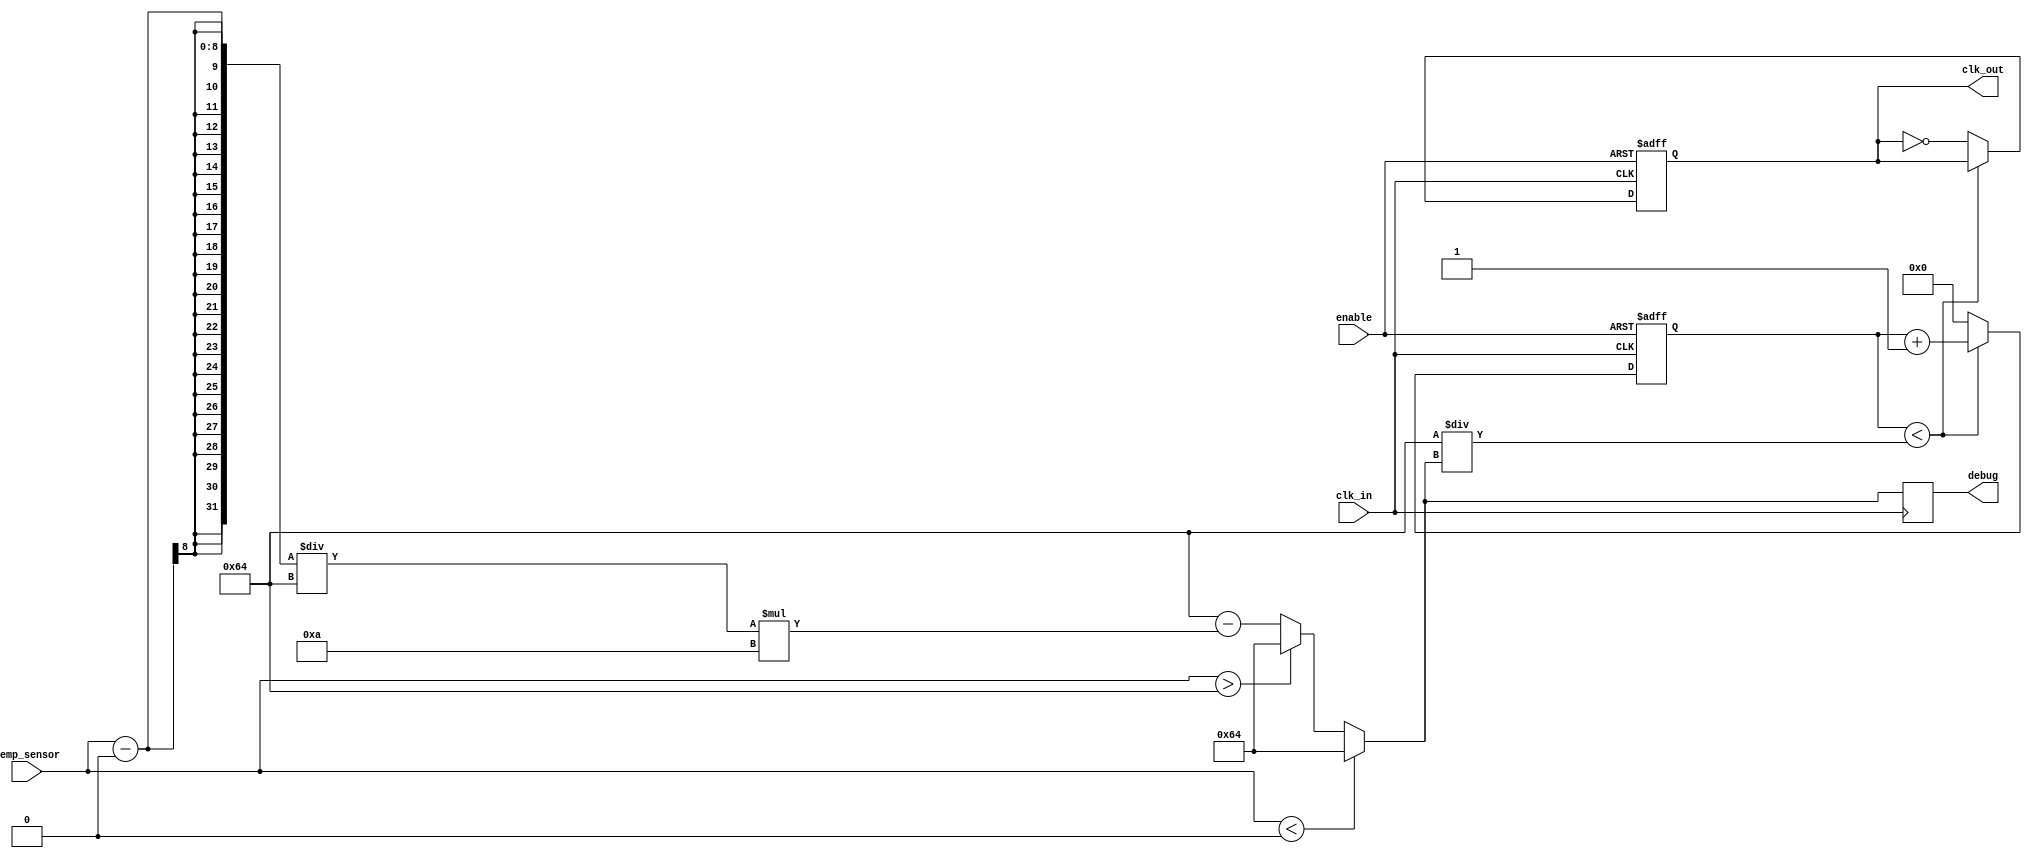
module TempCompensatedClockBuffer (
    input wire clk_in,           // Input clock from a high-frequency oscillator
    input wire [7:0] temp_sensor,// Temperature sensor output (8-bit for example)
    input wire enable,           // Enable signal for the clock buffer
    output reg clk_out,          // Compensated clock output
    output reg [7:0] debug       // Debug output for testing purposes
);

// Parameters for compensation
parameter TEMP_MIN = 8'd0;     // Minimum temperature value
parameter TEMP_MAX = 8'd100;    // Maximum temperature value
parameter CLK_FREQ_BASE = 100;   // Base clock frequency in MHz

// Internal signals
reg [7:0] compensated_freq;     // Compensated clock frequency
reg clk_div;                    // Clock divider signal
reg [3:0] counter;              // Counter for clock division

// Compensation Logic
always @(*) begin
    if (temp_sensor < TEMP_MIN) begin
        compensated_freq = CLK_FREQ_BASE; // Base frequency
    end else if (temp_sensor > TEMP_MAX) begin
        compensated_freq = CLK_FREQ_BASE; // Cap frequency to max
    end else begin
        // Linear compensation example
        compensated_freq = CLK_FREQ_BASE - (temp_sensor - TEMP_MIN) / (TEMP_MAX - TEMP_MIN) * 10;
    end
end

// Clock Generation and Buffering Logic
always @(posedge clk_in or negedge enable) begin
    if (!enable) begin
        clk_out <= 0; // Disable clock output
        counter <= 0;  // Reset counter
    end else begin
        // Using a counter to divide the frequency based on compensated_freq
        if (counter < (100 / compensated_freq)) begin
            counter <= counter + 1;
        end else begin
            clk_out <= ~clk_out; // Toggle clock output
            counter <= 0;        // Reset counter
        end
    end
end

// Debug Output
always @(posedge clk_in) begin
    debug <= {temp_sensor, compensated_freq}; // Example debug output
end

endmodule